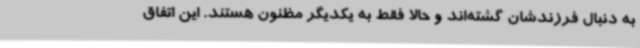
به دنبال فرزندشان گشته‌اند و حالا فقط به یکدیگر مظنون هستند. این اتفاق